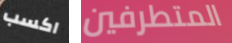
اكسب المتطرفين